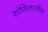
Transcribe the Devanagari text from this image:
संगितातील